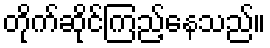
တိုက်ဆိုင်ကြည့်နေသည်။